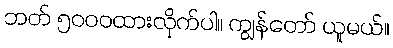
ဘတ် ၅၀၀၀ထားလိုက်ပါ။ ကျွန်တော် ယူမယ်။